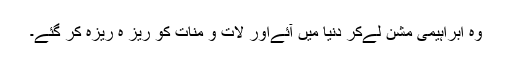
وہ ابراہیمی مشن لےکر دنیا میں آئےاور لات و منات کو ریز ہ ریزہ کر گئے۔